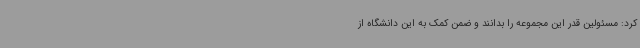
کرد: مسئولین قدر این مجموعه را بدانند و ضمن کمک به این دانشگاه از